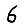
Digit: 6